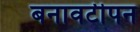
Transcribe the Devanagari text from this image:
बनावटीपन